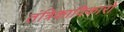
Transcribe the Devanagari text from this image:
तंत्रिकाविकारों